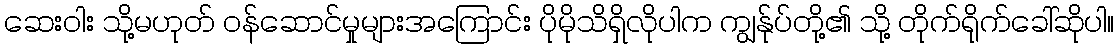
ဆေးဝါး သို့မဟုတ် ဝန်ဆောင်မှုများအကြောင်း ပိုမိုသိရှိလိုပါက ကျွန်ုပ်တို့၏ သို့ တိုက်ရိုက်ခေါ်ဆိုပါ။